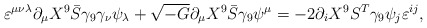
\begin{align*}\varepsilon ^{\mu \nu \lambda }\partial _{\mu }X^{9}\bar{S}\gamma _{9}\gamma_{\nu }\psi _{\lambda }+\sqrt{-G}\partial _{\mu }X^{9}\bar{S}\gamma _{9}\psi^{\mu }=-2\partial _{i}X^{9}S^{T}\gamma _{9}\psi _{j}\varepsilon ^{ij},\end{align*}